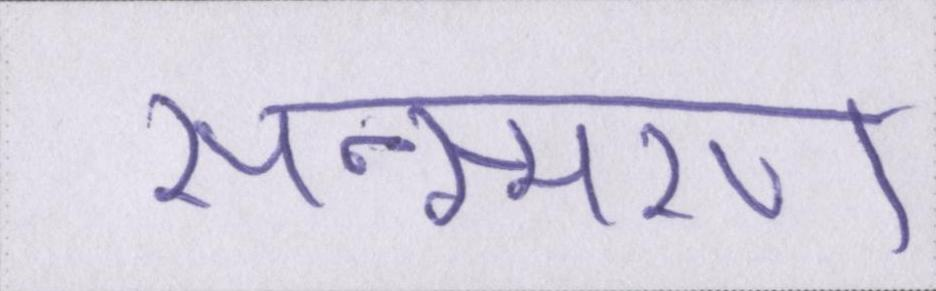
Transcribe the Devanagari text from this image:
सन्स्मरण